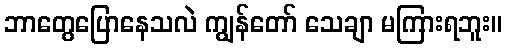
ဘာတွေပြောနေသလဲ ကျွန်တော် သေချာ မကြားရဘူး။